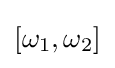
[\omega _{1},\omega _{2}]